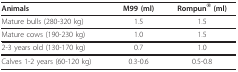
| Animals | M99 (ml) | Rompun® (ml) |
 | --- | --- | --- |
 | Mature bulls (280-320 kg) | 1.5 | 1.5 |
 | Mature cows (190-230 kg) | 1.0 | 1.5 |
 | 2-3 years old (130-170 kg) | 0.7 | 1.0 |
 | Calves 1-2 years (60-120 kg) | 0.3-0.6 | 0.5-0.8 |